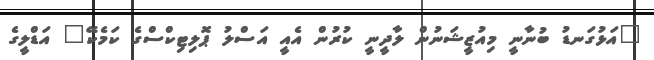
"އަޅުގަނޑު ބުނާނީ މިއުޒީޝަނުން ލާދީނީ ކުރުން އެއީ އަސްލު ޕޮލިޓިކްސްގެ ކަމެކޭ" އަޑްލީގެ